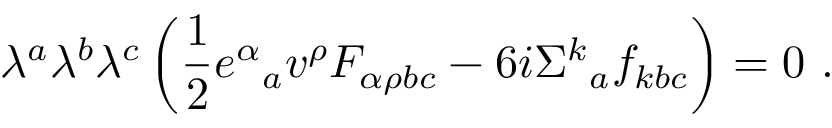
\lambda ^ { a } \lambda ^ { b } \lambda ^ { c } \left( \frac { 1 } { 2 } e ^ { \alpha } { } _ { a } v ^ { \rho } F _ { \alpha \rho b c } - 6 i \Sigma ^ { k } { } _ { a } f _ { k b c } \right) = 0 \ .